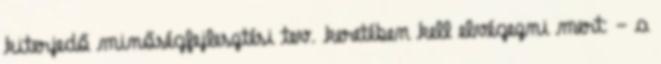
kiterjedő minőségfejlesztési tev. keretében kell elvégezni mert: - a